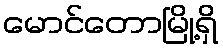
မောင်တောမြို့ရှိ